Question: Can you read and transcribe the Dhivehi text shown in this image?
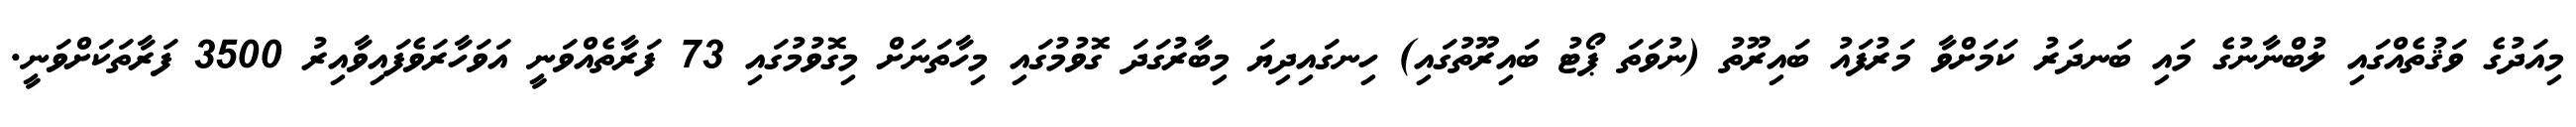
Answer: މިއަދުގެ ވަޤުތެއްގައި ލުބްނާނުގެ މައި ބަނދަރު ކަމަށްވާ މަރުފައު ބައިރޫތު (ނުވަތަ ޕޯޓު ބައިރޫތުގައި) ހިނގައިދިޔަ މިބާރުގަދަ ގޮވުމުގައި މިހާތަނަށް މިގޮވުމުގައި 73 ފަރާތެއްވަނީ އަވަހާރަވެފައިވާއިރު 3500 ފަރާތަކަށްވަނީ.